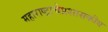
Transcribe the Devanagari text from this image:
महाराष्ट्राचेप्रशासकीय